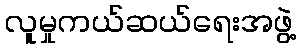
လူမှုကယ်ဆယ်ရေးအဖွဲ့